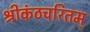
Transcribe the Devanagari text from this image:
श्रीकंठचरितम्‌